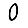
Digit: 0